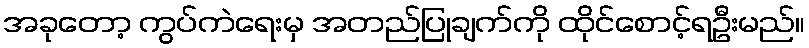
အခုတော့ ကွပ်ကဲရေးမှ အတည်ပြုချက်ကို ထိုင်စောင့်ရဦးမည်။